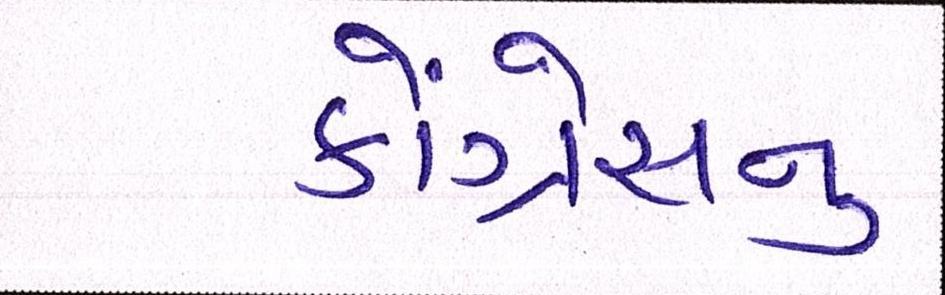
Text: કોંગ્રેસનુ